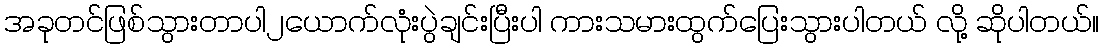
အခုတင်ဖြစ်သွားတာပါ၂ယောက်လုံးပွဲချင်းပြီးပါ ကားသမားထွက်ပြေးသွားပါတယ် လို့ ဆိုပါတယ်။